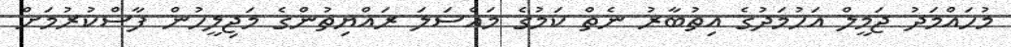
މުހައްމަދު ޖަމީލް އަހުމަދުގެ އިތުބާރު ނެތް ކަމުގެ މައްސަލަ ރައްޔިތުންގެ މަޖިލީހުން ފާސްކުރުމަށް